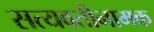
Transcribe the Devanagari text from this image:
सत्यवतीनामक